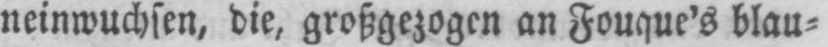
neinwuchsen, die, großgezogen an Fouque’s blau⸗